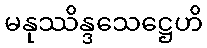
မနုဿိန္ဒသေဋ္ဌေဟိ